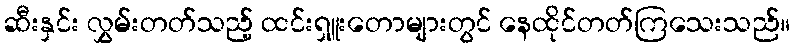
ဆီးနှင်း လွှမ်းတတ်သည့် ထင်းရှူးတောများတွင် နေထိုင်တတ်ကြသေးသည်။